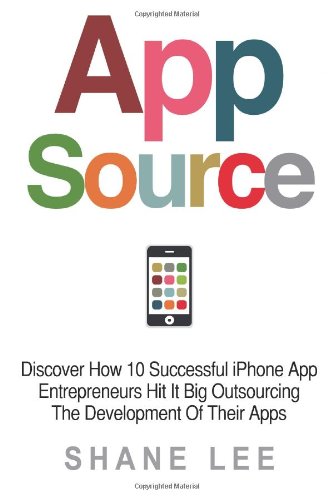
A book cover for AppSource: Discover How 10 Successful iPhone App Entrepreneurs Hit It Big Outsourcing The Development Of Their Apps; Shane Lee; Business & Money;